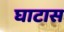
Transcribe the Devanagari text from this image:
घाटास